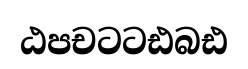
ඨපචටටඪබඪ